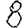
Digit: 8